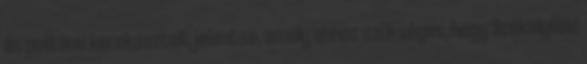
és politikai kerekasztalt jelentse, amely ahhoz szükséges, hogy Székelyföld